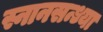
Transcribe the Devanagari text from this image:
स्नानसन्ध्या